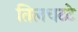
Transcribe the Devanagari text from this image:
तिलचटटे